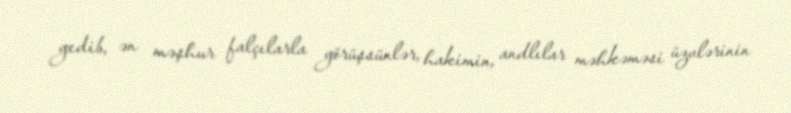
gedib, ən məşhur falçılarla görüşsünlər, hakimin, andlılar məhkəməsi üzvlərinin